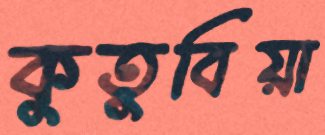
কুতুবিয়া